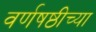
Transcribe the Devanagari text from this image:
वर्णषष्ठीच्या